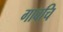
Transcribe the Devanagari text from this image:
गावचि